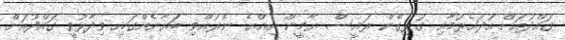
ގައްދުއަށް އުދައެރުމާއި ގުޅިގެން ރައީސް ޔާމީން އިއްޔެ ނެރުއްވި ބަޔާނެއްގައި ވިދާޅުވީ ގައްދުއަށް